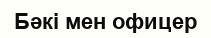
Бәкі мен офицер